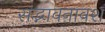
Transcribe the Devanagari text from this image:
सद्भावनावश